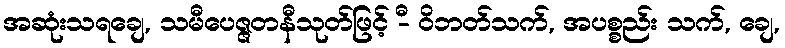
အဆုံးသရချေ, သမီပေဇ္ဇတနီသုတ်ဖြင့် -ီ ဝိဘတ်သက်, အပစ္စည်း သက်, ချေ,